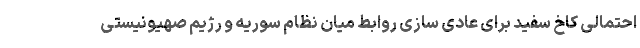
احتمالی کاخ سفید برای عادی سازی روابط میان نظام سوریه و رژیم صهیونیستی